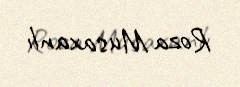
Roza Musaxanlı